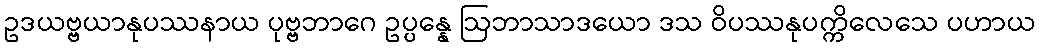
ဥဒယဗ္ဗယာနုပဿနာယ ပုဗ္ဗဘာဂေ ဥပ္ပန္နေ ဩဘာသာဒယော ဒသ ဝိပဿနုပက္ကိလေသေ ပဟာယ